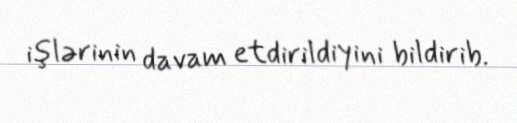
işlərinin davam etdirildiyini bildirib.